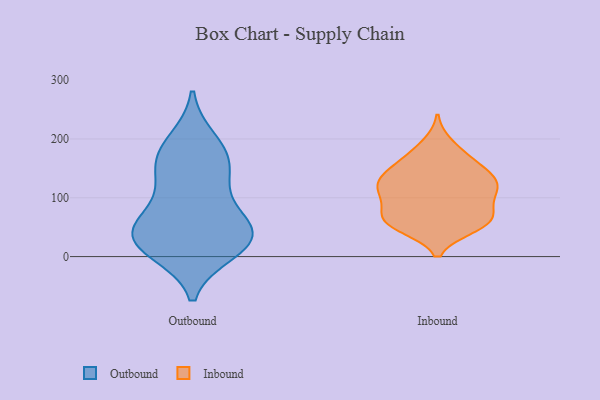
{"axis": {"x": "Customer Acquisition Cost (USD)", "y": "Value"}, "legend": ["Inbound", "Outbound"], "data": [{"x": "", "y": 33, "type": "Outbound"}, {"x": "", "y": 10, "type": "Outbound"}, {"x": "", "y": 164, "type": "Outbound"}, {"x": "", "y": 80, "type": "Outbound"}, {"x": "", "y": 16, "type": "Outbound"}, {"x": "", "y": 176, "type": "Outbound"}, {"x": "", "y": 36, "type": "Outbound"}, {"x": "", "y": 146, "type": "Outbound"}, {"x": "", "y": 123, "type": "Outbound"}, {"x": "", "y": 52, "type": "Outbound"}, {"x": "", "y": 196, "type": "Outbound"}, {"x": "", "y": 32, "type": "Outbound"}, {"x": "", "y": 42, "type": "Outbound"}, {"x": "", "y": 83, "type": "Inbound"}, {"x": "", "y": 191, "type": "Inbound"}, {"x": "", "y": 63, "type": "Inbound"}, {"x": "", "y": 174, "type": "Inbound"}, {"x": "", "y": 50, "type": "Inbound"}, {"x": "", "y": 55, "type": "Inbound"}, {"x": "", "y": 119, "type": "Inbound"}, {"x": "", "y": 57, "type": "Inbound"}, {"x": "", "y": 150, "type": "Inbound"}, {"x": "", "y": 66, "type": "Inbound"}, {"x": "", "y": 114, "type": "Inbound"}, {"x": "", "y": 113, "type": "Inbound"}, {"x": "", "y": 126, "type": "Inbound"}, {"x": "", "y": 148, "type": "Inbound"}, {"x": "", "y": 132, "type": "Inbound"}, {"x": "", "y": 157, "type": "Inbound"}, {"x": "", "y": 55, "type": "Inbound"}, {"x": "", "y": 119, "type": "Inbound"}, {"x": "", "y": 77, "type": "Inbound"}, {"x": "", "y": 105, "type": "Inbound"}]}